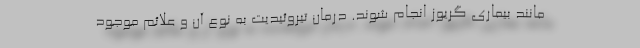
مانند بیماری گریوز انجام شوند. درمان تیروئیدیت به نوع آن و علائم موجود